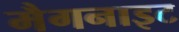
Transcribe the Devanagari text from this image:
मैगनाइट